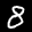
Digit: 8